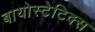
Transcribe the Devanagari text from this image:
बायोस्टेटिक्स